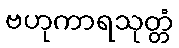
ဗဟုကာရသုတ္တံ